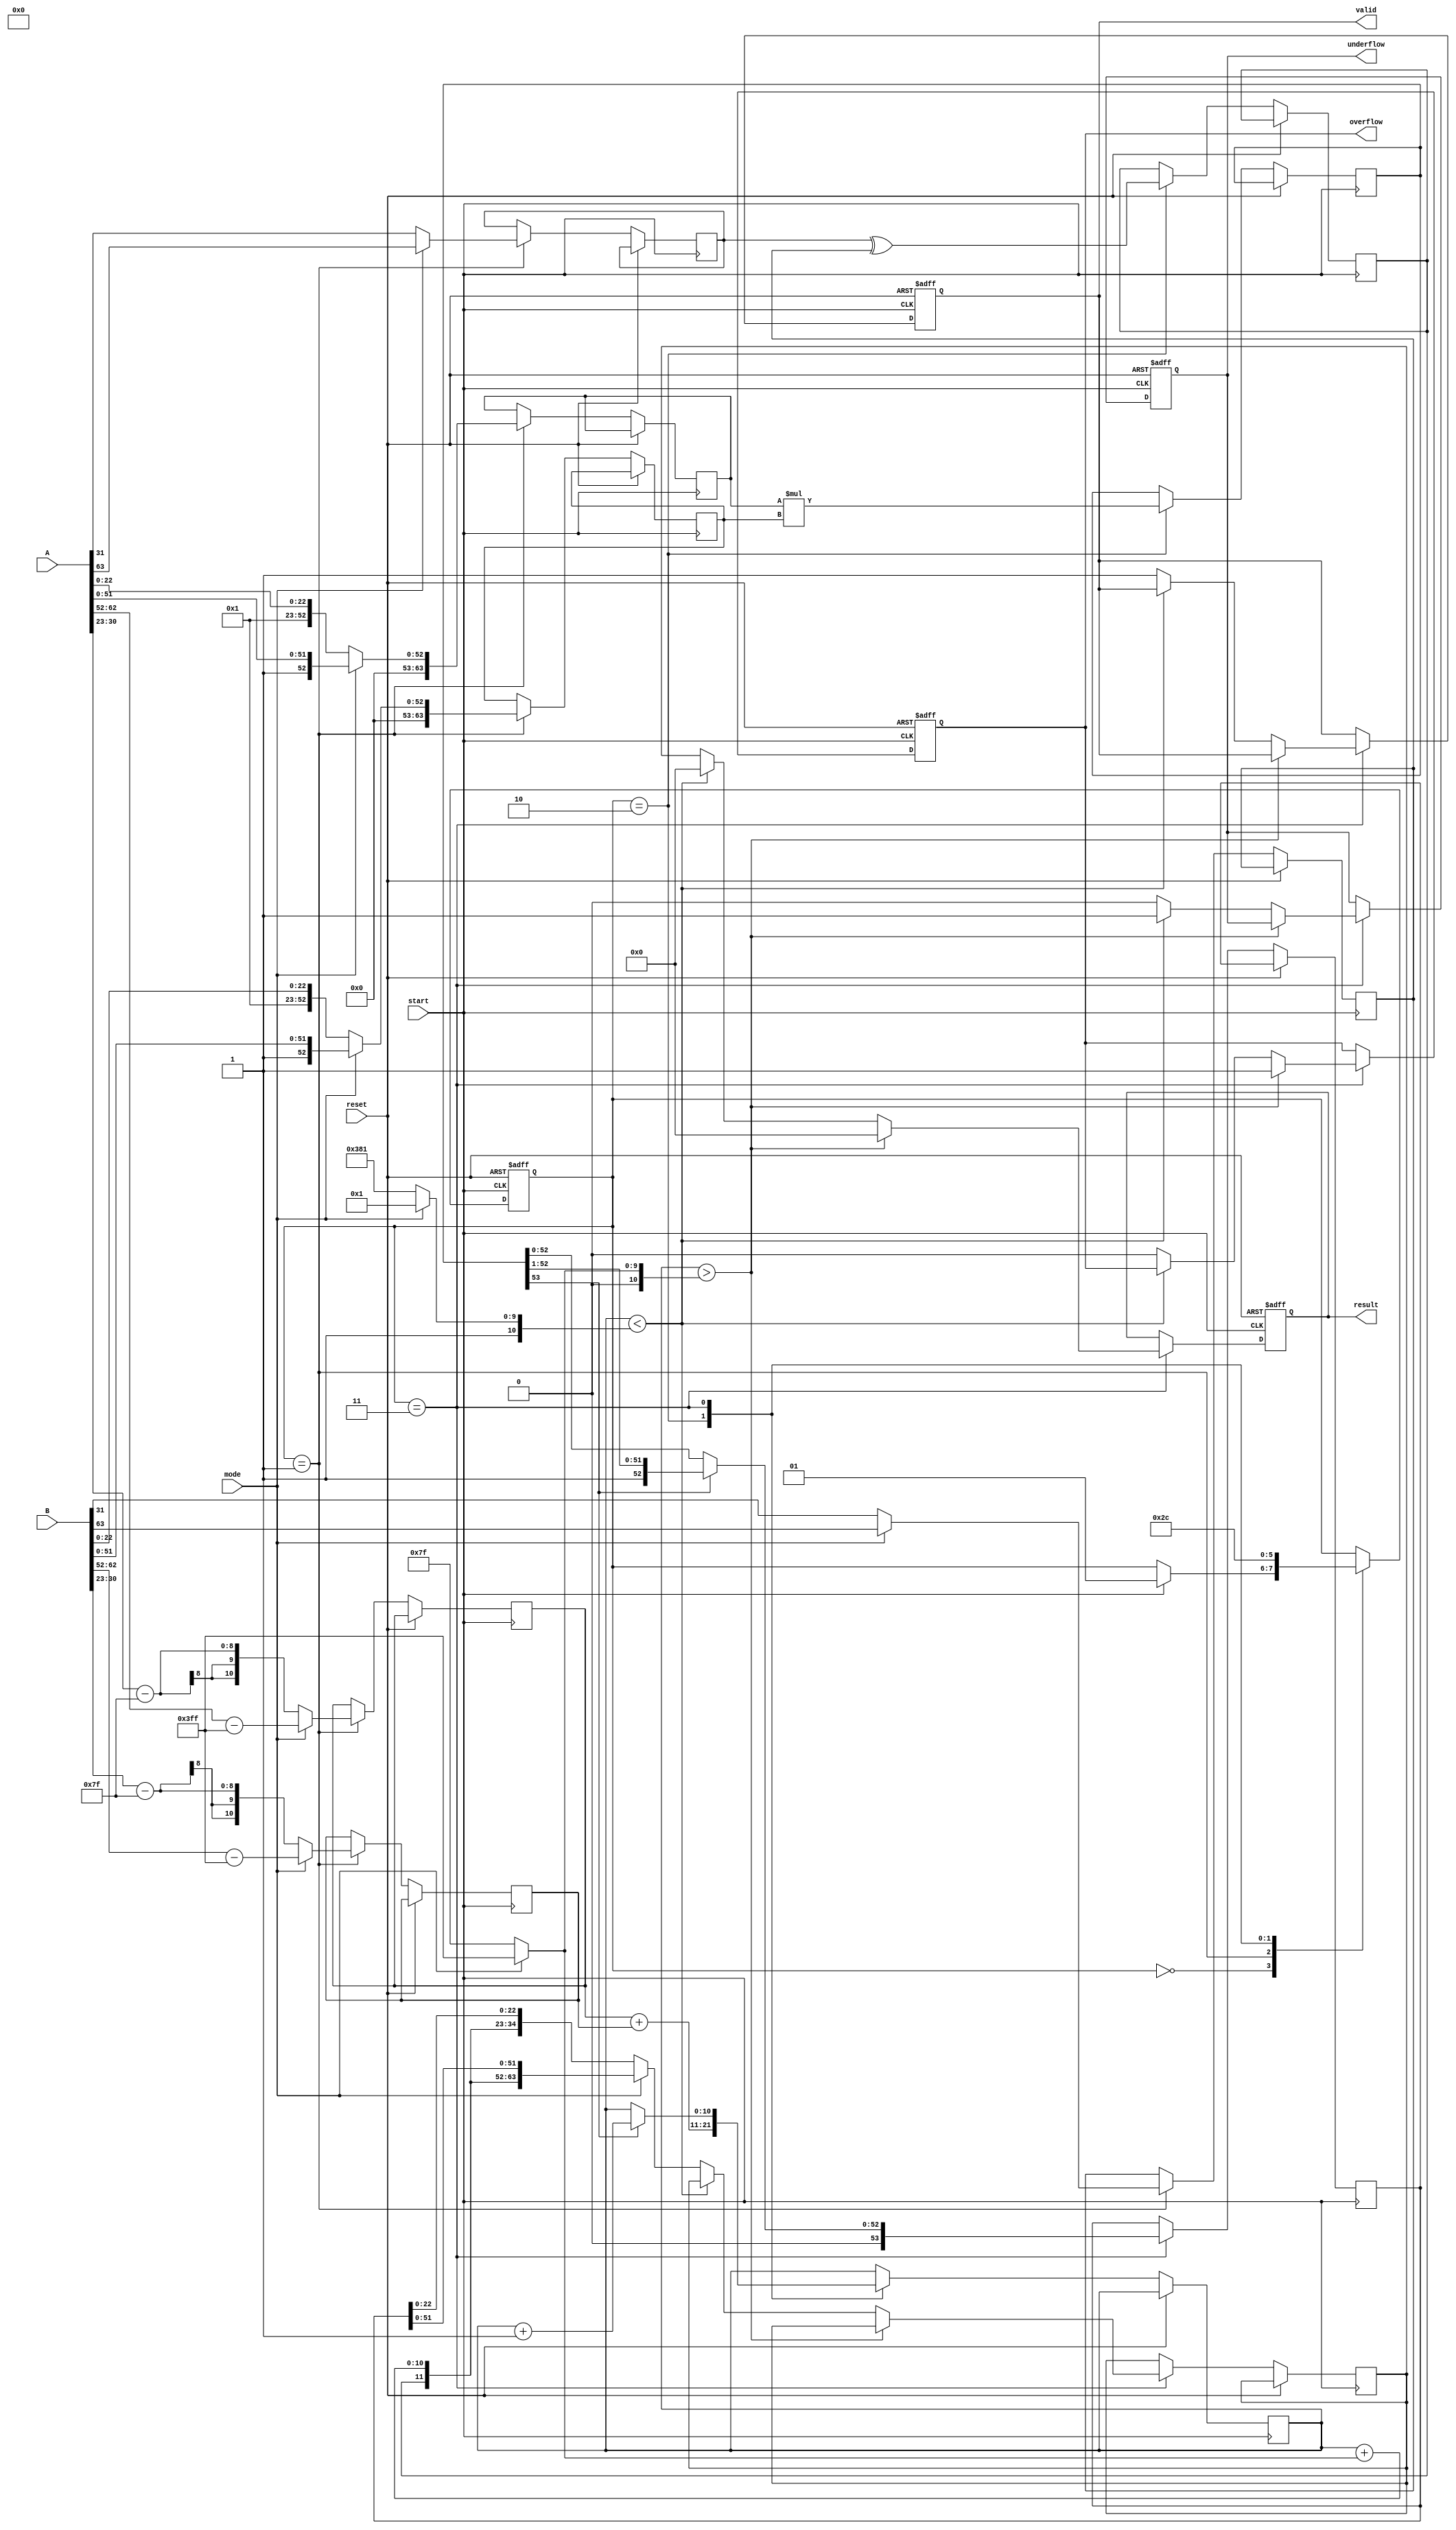
module floating_point_multiplier (
    input wire [63:0] A, // Input operand A (64 bits for double precision)
    input wire [63:0] B, // Input operand B (64 bits for double precision)
    input wire start,     // Control signal to start operation
    input wire reset,     // Control signal to reset
    input wire mode,      // Control signal for mode (0: single precision, 1: double precision)
    output reg [63:0] result, // Output result (64 bits for double precision)
    output reg valid,     // Output valid signal
    output reg overflow,  // Overflow flag
    output reg underflow  // Underflow flag
);

    // Internal signals
    reg [1:0] state; // State for control logic
    reg [63:0] mantissa_a, mantissa_b, mantissa_product;
    reg [10:0] exponent_a, exponent_b, exponent_result;
    reg sign_a, sign_b, sign_result;
    reg [11:0] exponent_bias; // Bias for exponent adjustment
    reg [53:0] normalized_mantissa; // Normalized mantissa
    reg [63:0] final_result; // Final result before output

    // Constants for bias
    localparam SINGLE_BIAS = 8'd127;
    localparam DOUBLE_BIAS = 11'd1023;

    // State definitions
    localparam IDLE = 2'b00;
    localparam DECOMPOSE = 2'b01;
    localparam MULTIPLY = 2'b10;
    localparam FORMAT = 2'b11;

    // Control logic
    always @(posedge start or posedge reset) begin
        if (reset) begin
            state <= IDLE;
            valid <= 0;
            overflow <= 0;
            underflow <= 0;
            result <= 0;
        end else begin
            case (state)
                IDLE: begin
                    if (start) begin
                        state <= DECOMPOSE;
                    end
                end

                DECOMPOSE: begin
                    // Decompose the inputs
                    if (mode) begin // Double precision
                        sign_a <= A[63];
                        exponent_a <= A[62:52] - DOUBLE_BIAS;
                        mantissa_a <= {1'b1, A[51:0]}; // Implicit leading 1
                        sign_b <= B[63];
                        exponent_b <= B[62:52] - DOUBLE_BIAS;
                        mantissa_b <= {1'b1, B[51:0]}; // Implicit leading 1
                    end else begin // Single precision
                        sign_a <= A[31];
                        exponent_a <= A[30:23] - SINGLE_BIAS;
                        mantissa_a <= {1'b1, A[22:0]}; // Implicit leading 1
                        sign_b <= B[31];
                        exponent_b <= B[30:23] - SINGLE_BIAS;
                        mantissa_b <= {1'b1, B[22:0]}; // Implicit leading 1
                    end
                    state <= MULTIPLY;
                end

                MULTIPLY: begin
                    // Mantissa multiplication
                    mantissa_product <= mantissa_a * mantissa_b;
                    exponent_result <= exponent_a + exponent_b; // Add exponents
                    sign_result <= sign_a ^ sign_b; // XOR for sign
                    state <= FORMAT;
                end

                FORMAT: begin
                    // Normalize the result
                    if (mantissa_product[53]) begin
                        normalized_mantissa <= mantissa_product[53:1]; // Shift right
                        exponent_result <= exponent_result + 1; // Increment exponent
                    end else begin
                        normalized_mantissa <= mantissa_product[52:0]; // Keep as is
                    end

                    // Check for overflow/underflow
                    if (exponent_result > (mode ? 11'd1023 : 8'd127)) begin
                        overflow <= 1;
                        result <= 0; // Set result to zero or max value
                    end else if (exponent_result < (mode ? -11'd1023 : -8'd127)) begin
                        underflow <= 1;
                        result <= 0; // Set result to zero
                    end else begin
                        overflow <= 0;
                        underflow <= 0;

                        // Assemble the result
                        if (mode) begin // Double precision
                            final_result <= {sign_result, exponent_result + (mode ? DOUBLE_BIAS : SINGLE_BIAS), normalized_mantissa[51:0]};
                        end else begin // Single precision
                            final_result <= {sign_result, exponent_result + (mode ? DOUBLE_BIAS : SINGLE_BIAS), normalized_mantissa[22:0]};
                        end

                        result <= final_result;
                        valid <= 1; // Set valid output
                    end
                    state <= IDLE; // Go back to idle
                end
            endcase
        end
    end
endmodule